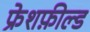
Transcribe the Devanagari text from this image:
फ्रेशफ़ील्ड